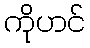
ကိုဟင်